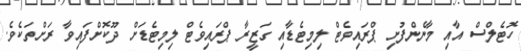
ހޮޓެލްސް އާއި މާނެންފުށި ޕްރައިވެޓް ލިމިޓެޑާއި ގަޒީރާ ޕްރައިވެޓް ލިމިޓެޑަށް ދޫކޮށްފައިވާ ރަށްތަކެވެ.